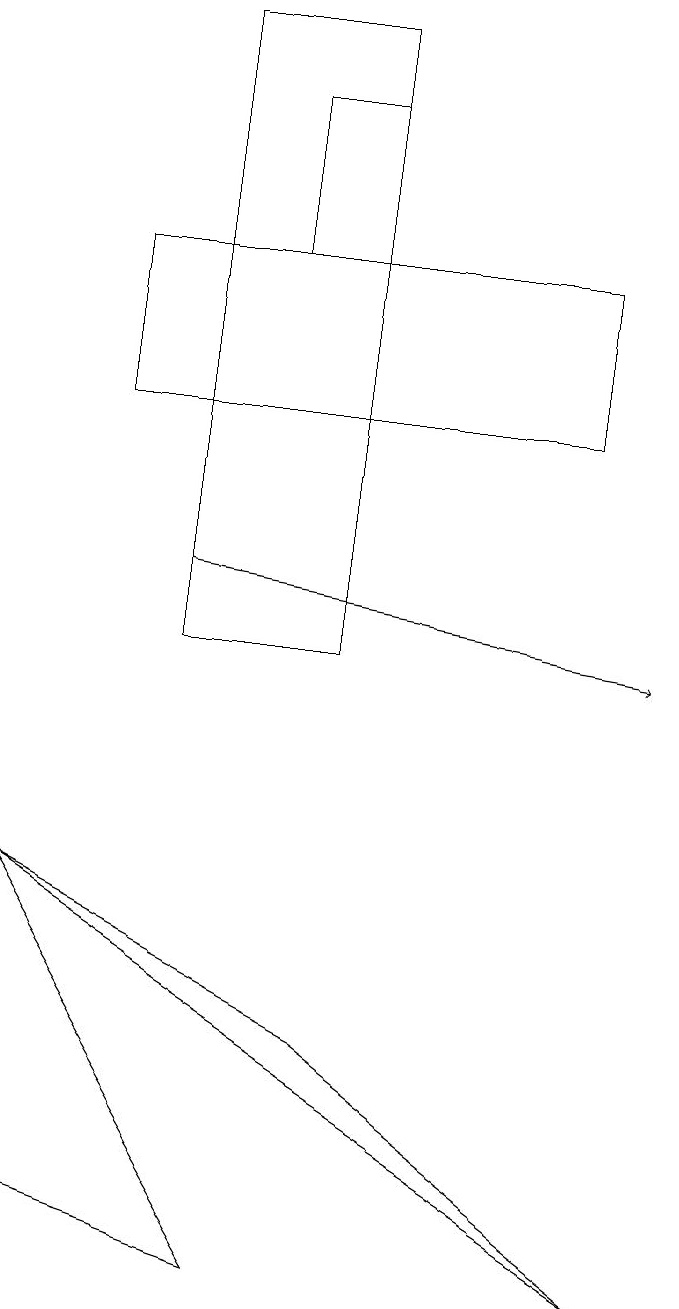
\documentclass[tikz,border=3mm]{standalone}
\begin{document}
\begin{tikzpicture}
\draw (4,6) -- (8,3) -- (0,8) -- cycle;
\draw (2,19) rectangle (4,11);
\draw[->] (2,12) -- (8,11);
\draw (7,16) rectangle (1,14);
\draw (0,8) -- (0,4) -- (3,3) -- cycle;
\draw (4,16) rectangle (3,18);
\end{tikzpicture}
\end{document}